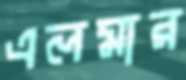
এলমার